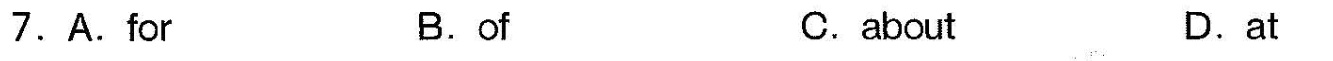
7.A.For B.of C.about D.at